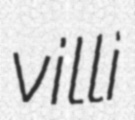
villi